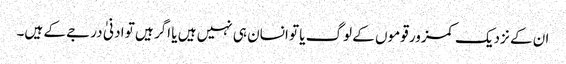
ان کے نزدیک کمزور قوموں کے لوگ یا تو انسان ہی نہیں ہیں یا اگر ہیں تو ادنیٰ درجے کے ہیں۔